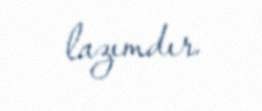
lazımdır.